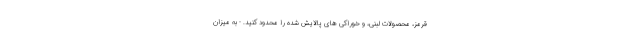
قرمز، محصولات لبنی، و خوراکی های پالایش شده را محدود کنید. - به میزان